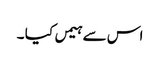
اس سے ہیمں کیا ۔